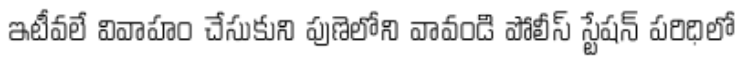
ఇటీవలే వివాహం చేసుకుని పుణెలోని వావండి పోలీస్ స్టేషన్ పరిధిలో